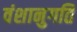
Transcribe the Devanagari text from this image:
वंशानुगति